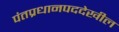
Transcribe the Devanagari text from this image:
पंतप्रधानपददेखील